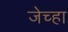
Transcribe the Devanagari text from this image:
जेच्हा